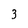
Character: 3